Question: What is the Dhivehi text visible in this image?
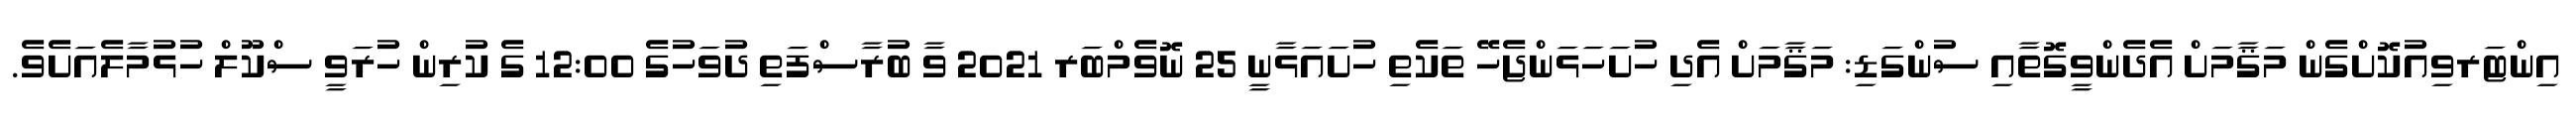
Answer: އިންޓަރވިއުކޮށްގެން މަޤާމަށް އެދެންވީގޮތާއި ސުންގަޑި: މަޤާމަށް އެދި ހުށަހަޅަންޖެހޭ ތަކެތި ހުށައަޅާނީ 25 ނޮވެމްބަރ 2021 ވާ ބުރާސްފަތި ދުވަހުގެ 12:00 ގެ ކުރިން ހުރަވީ ސްކޫލް ހުޅުމާލެއަށެވެ.